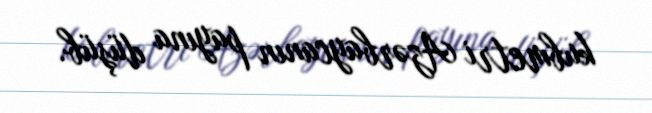
kubmetri Azərbaycanın payına düşüb.